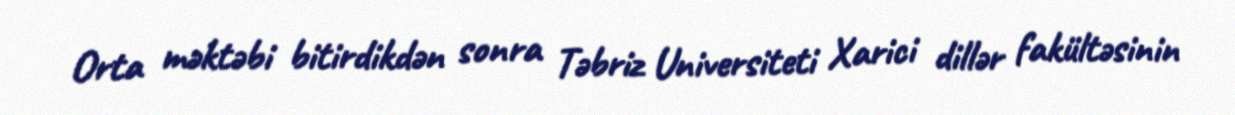
Orta məktəbi bitirdikdən sonra Təbriz Universiteti Xarici dillər fakültəsinin